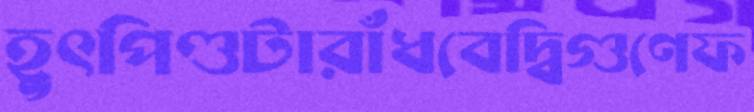
হূৎপিণ্ডটারাঁধবেদ্বিগুণেফ